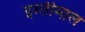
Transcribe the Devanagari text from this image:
इस्तीमाल